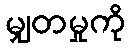
မျှတမှုကို